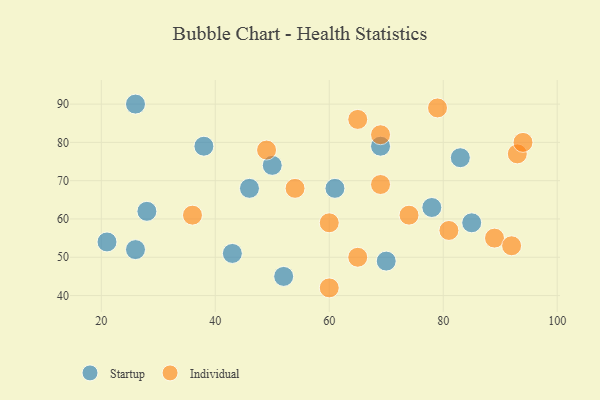
{"axis": {"x": "GDP", "y": "Life Expectancy"}, "legend": ["Individual", "Startup"], "data": [{"x": "26", "y": 52, "type": "Startup"}, {"x": "61", "y": 68, "type": "Startup"}, {"x": "28", "y": 62, "type": "Startup"}, {"x": "50", "y": 74, "type": "Startup"}, {"x": "26", "y": 90, "type": "Startup"}, {"x": "69", "y": 79, "type": "Startup"}, {"x": "78", "y": 63, "type": "Startup"}, {"x": "46", "y": 68, "type": "Startup"}, {"x": "52", "y": 45, "type": "Startup"}, {"x": "85", "y": 59, "type": "Startup"}, {"x": "83", "y": 76, "type": "Startup"}, {"x": "21", "y": 54, "type": "Startup"}, {"x": "70", "y": 49, "type": "Startup"}, {"x": "38", "y": 79, "type": "Startup"}, {"x": "43", "y": 51, "type": "Startup"}, {"x": "69", "y": 69, "type": "Individual"}, {"x": "69", "y": 82, "type": "Individual"}, {"x": "79", "y": 89, "type": "Individual"}, {"x": "89", "y": 55, "type": "Individual"}, {"x": "81", "y": 57, "type": "Individual"}, {"x": "36", "y": 61, "type": "Individual"}, {"x": "65", "y": 86, "type": "Individual"}, {"x": "49", "y": 78, "type": "Individual"}, {"x": "60", "y": 42, "type": "Individual"}, {"x": "74", "y": 61, "type": "Individual"}, {"x": "93", "y": 77, "type": "Individual"}, {"x": "65", "y": 50, "type": "Individual"}, {"x": "94", "y": 80, "type": "Individual"}, {"x": "54", "y": 68, "type": "Individual"}, {"x": "60", "y": 59, "type": "Individual"}, {"x": "92", "y": 53, "type": "Individual"}]}